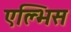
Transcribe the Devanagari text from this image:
एल्भिस